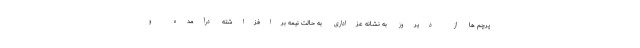
پرچم ها از دیروز به نشانه عزاداری به حالت نیمه برافزاشته درآمده و